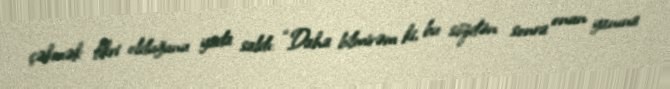
çəkmək fikri olduğunu yada saldı: “Daha bilmirəm ki, bu sözdən sonra onun yanına